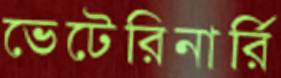
ভেটেরিনার্রি